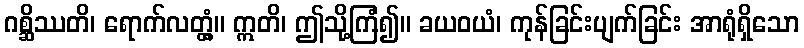
ဂစ္ဆိဿတိ၊ ရောက်လတ္တံ့။ ဣတိ၊ ဤသို့ကြံ၍။ ခယဝယံ၊ ကုန်ခြင်းပျက်ခြင်း အာရုံရှိသော